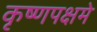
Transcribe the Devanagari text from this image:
कृष्णपक्षमे